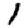
Digit: 1